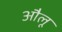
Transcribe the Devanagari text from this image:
औलू